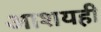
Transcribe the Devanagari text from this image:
आशयही